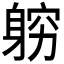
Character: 𲄢